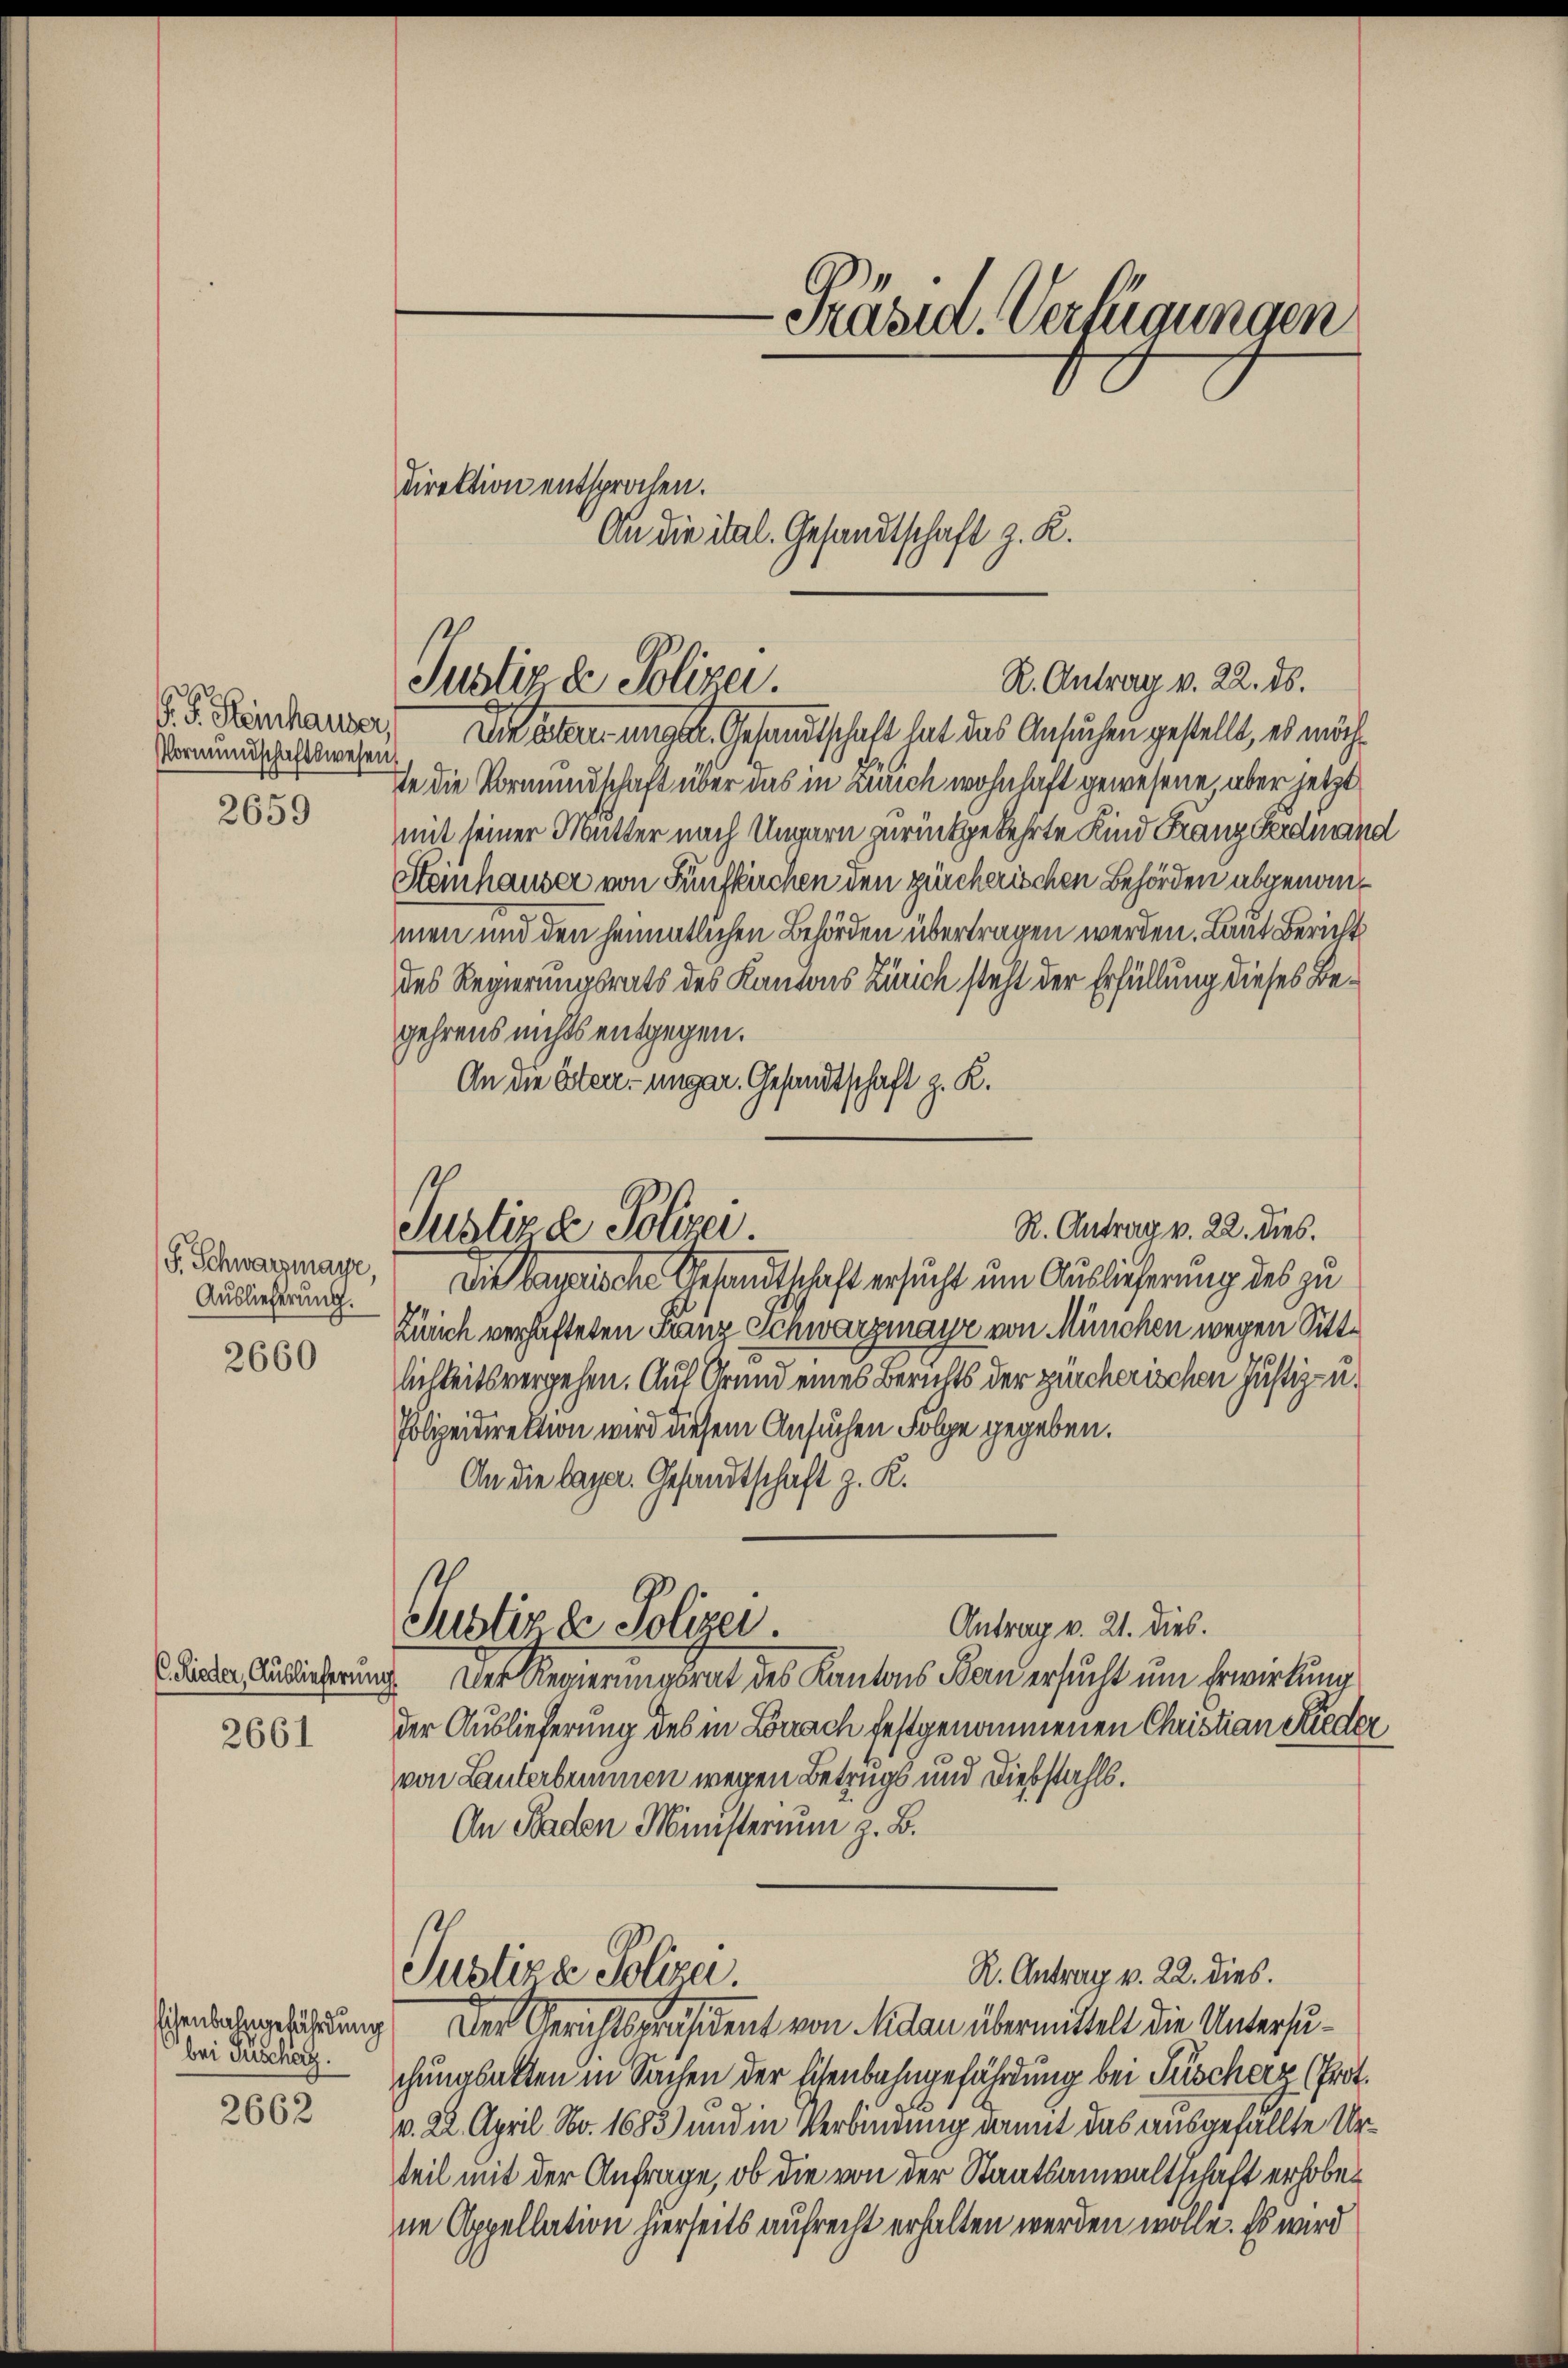
P. F. Heinhauser,
Vormundschaftswesen

2659

F. Schwarzmayr,
Auslieferung.

2660

C. Rieder, Auslieferung

2661

bei Puschag.

2662

Direktion entsprochen.

R. Antrag v. 22. ds.
Justiz & Polizei.
Die aber ungen Gesandtschaft hat das Ansuchen gestellt, es möch¬

An die ital. Gesandtschaft z. R.

Ie die Vormundschaft über das in Zürich wohnhaft gewesene, aber jetzt
mit seiner Mutter nach Ungarn zurückgekehrte Kind Franz Feedman
Steinhauser von Fünfkuchen den zürcherischen Behörden abgenommen und den heimatlichen Behörden übertragen werden. Laut Bericht
des Regierungsrats des Kantons Zürich steht der Erfüllung dieses Begehrens nichts entgegen.
An die Osterr-ungar. Gesandtschaft z. R.
Die bayerische Gesandtschaft ersucht um Auslieferung des zu
Zürich verhafteten Franz Schwarzmayr von München wegen Sittlichkeits vergehen. Auf Grund eines Berichts der zürcherischen Justiz- u.
Polizeidirektion wird diesem Ansuchen Folge gegeben.
An die Lager. Gesandtschaft z. K.
Justiz & Polizei.
Antrag v. 21. dies.
d. Der Regierungsrat des Kantons Band ersucht um Erwertung
der Auslieferung des in Lörrach festgenommenen Christian Riede
von Lanterbrunnen wegen Betrugs und Diebstahls.
An Baden Ministerium z. B.
R. Antrag v. 22. dies.
Justizze Polizei.
enbahngeführung. Der Gerichtspräsident von Malan übermittelt die Untersuchungsakten in Sachen der Eisenbahngefährdung bei Füscherz (Prot.
v. 22. April No. 1683) und in Verbindung damit das ausgefällte Urteil mit der Anfrage, ob die von der Staatsanwaltschaft erhoben
ne Appellation hierseits aufrecht erhalten werden wolle. Es wird

R. Antrag v. 22. dies.
Justizde Polizei

-Präsid. Verfügungen